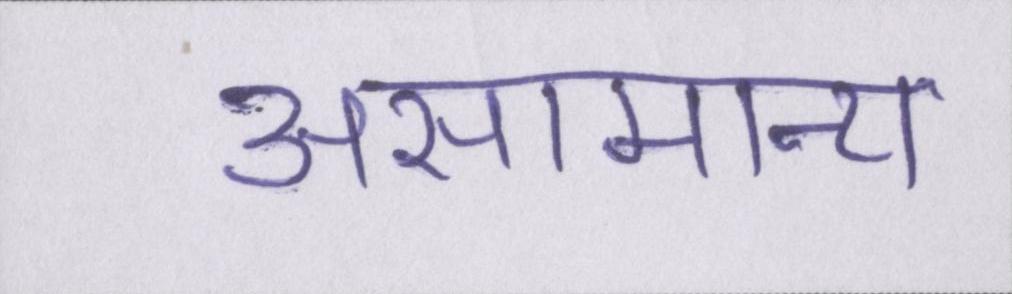
असामान्य